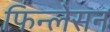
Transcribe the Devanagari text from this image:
फिन्लेसन